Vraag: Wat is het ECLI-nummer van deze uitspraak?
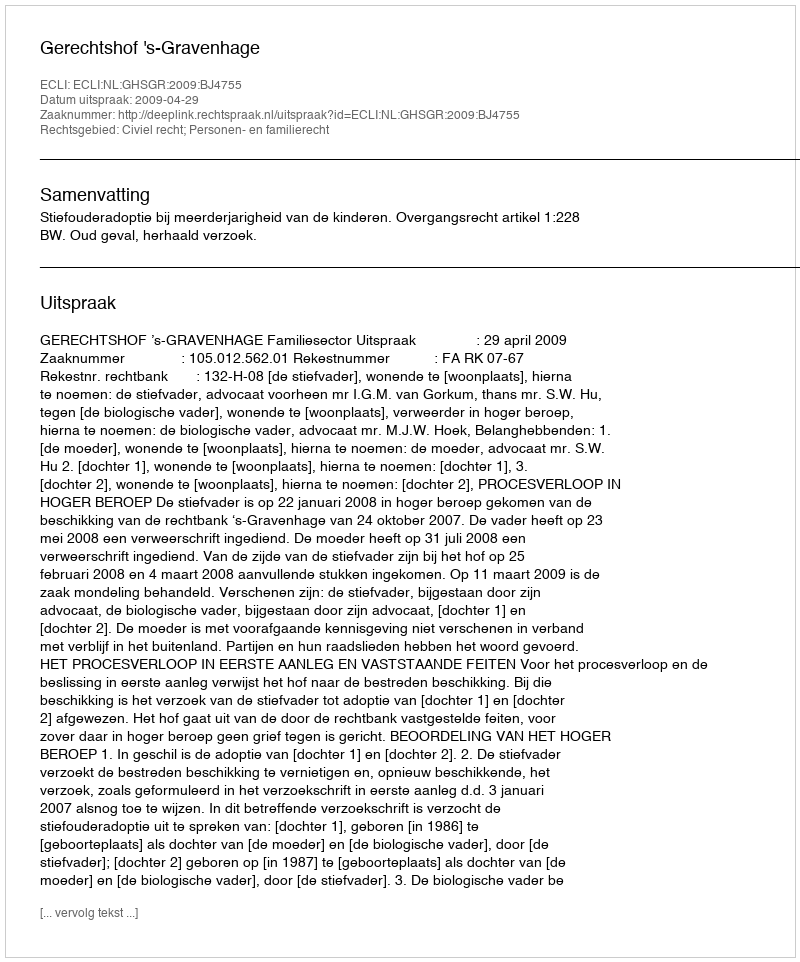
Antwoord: ECLI:NL:GHSGR:2009:BJ4755